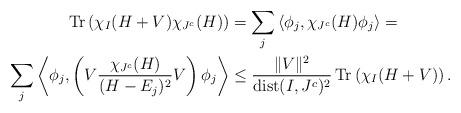
LaTeX: \begin{align*} \operatorname{Tr} \left( \chi_I(H+V) \chi_{J^c}(H) \right) & = \sum_j \left\langle \phi_j, \chi_{J^c}(H) \phi_j \right\rangle = \\ \sum_j \left\langle \phi_j, \left( V \frac{\chi_{J^c}(H)}{(H - E_j)^2} V \right) \phi_j \right\rangle &\leq \frac{\lVert V \rVert^2}{\operatorname{dist}(I, J^c)^2} \operatorname{Tr} \left( \chi_I(H+V) \right) . \end{align*}